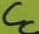
Text: CC